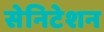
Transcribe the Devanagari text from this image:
सेनिटेशन